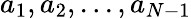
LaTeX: a_{1},a_{2},...,a_{N-1}